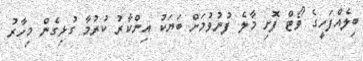
ބިލެއްފަހީގެ ވޯޓް ފޮށި މާލެ ފުނުވުމަށް ބަޔަކު އިންކާރު ކުރުމާ ގުޅިގެން މިހާރު